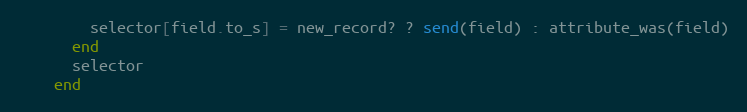
Language: Ruby
        selector[field.to_s] = new_record? ? send(field) : attribute_was(field)
      end
      selector
    end